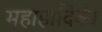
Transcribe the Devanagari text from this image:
महाहार्दिकी